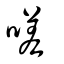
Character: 嗟